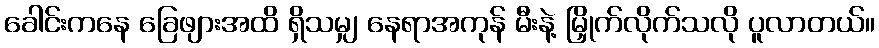
ခေါင်းကနေ ခြေဖျားအထိ ရှိသမျှ နေရာအကုန် မီးနဲ့ မြှိုက်လိုက်သလို ပူလာတယ်။